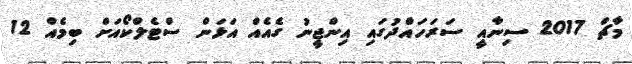
މާޗް 2017 ސިނާއީ ސަރަހައްދުގައި އިންޖީނު ގެއެއް އަޅަން ސްޓެލްކޯއަށް ބިމެއް 12